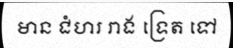
មាន ជំហរ រាង ទ្រេត ទៅ